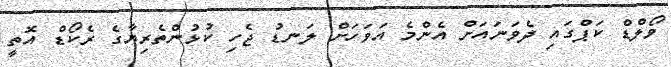
ވޯލްޑް ކަޕްގައި ދެވަނައަށް އެންމެ އަވަހަށް ލަނޑު ޖެހި ކުޅުންތެރިޔާގެ ރެކޯޑް އޮތީ